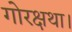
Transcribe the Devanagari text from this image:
गोरक्षथा।